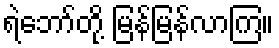
ရဲဘော်တို့ မြန်မြန်လာကြ။